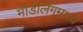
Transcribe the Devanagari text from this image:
मॉडेलिंगमध्ये